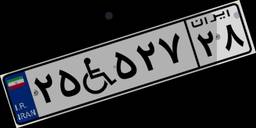
۲۵W۵۲۷۲۸